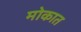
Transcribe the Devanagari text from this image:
मोकात